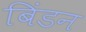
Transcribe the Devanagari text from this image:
बिंडन